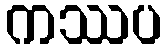
ကဿပ